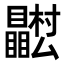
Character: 𭿴